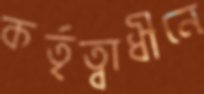
কর্তৃত্বাধীনে